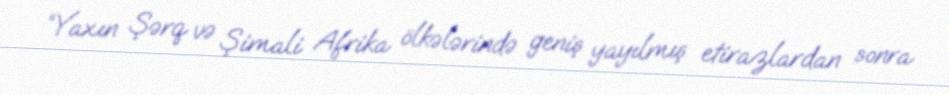
“Yaxın Şərq və Şimali Afrika ölkələrində geniş yayılmış etirazlardan sonra